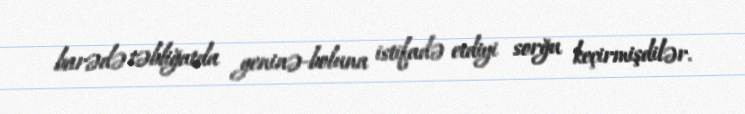
barədə təbliğatda geninə-boluna istifadə etdiyi sorğu keçirmişdilər.